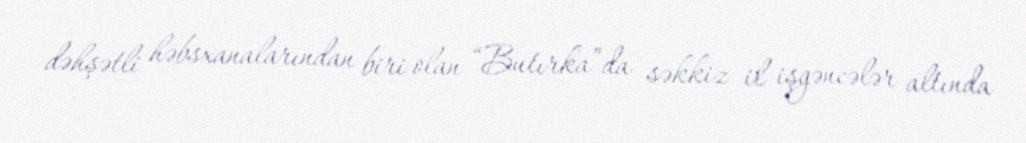
dəhşətli həbsxanalarından biri olan “Butırka”da səkkiz il işgəncələr altında